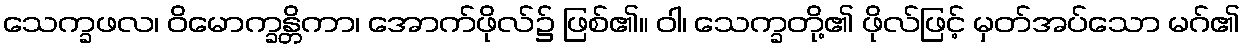
သေက္ခဖလ၊ ဝိမောက္ခန္တိကာ၊ အောက်ဖိုလ်၌ ဖြစ်၏။ ဝါ၊ သေက္ခတို့၏ ဖိုလ်ဖြင့် မှတ်အပ်သော မဂ်၏